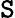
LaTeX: \mathbfcal{\mathtt{S}}